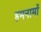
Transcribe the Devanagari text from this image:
हमनामों